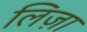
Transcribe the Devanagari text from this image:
लिज़ा